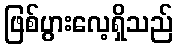
ဖြစ်ပွားလေ့ရှိသည်